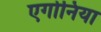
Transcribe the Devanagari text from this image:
एर्गोनिया